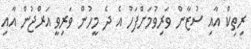
ރިތިކް އާއި ސުޒާން ވަރިވުމަށްފަހު އެ ދެ މީހުން ވަރިވީ އަރްޖުން އާއި